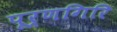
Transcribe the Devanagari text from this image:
पूर्णगिरि